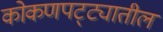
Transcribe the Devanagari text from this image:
कोकणपट्ट्यातील